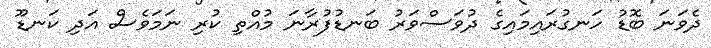
ދެވަނަ ބޮޑު ހަނގުރައިމައިގެ ދުވަސްވަރު ބަނޑުފުރާނަ މުއްތި ކުރި ނަމަވެސް އަދި ކަނޑޫ